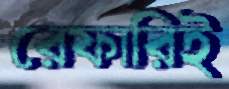
রেফারিই